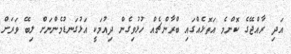
އަދި ރާއްޖޭގެ ކޮންމެ އަތޮޅެއްގައި ބްރާންޗެއް ހުޅުވިގެން ދިއުމަކީ އަޅުގަނޑުމެންނަށް ލިބޭ ވަރަށް